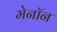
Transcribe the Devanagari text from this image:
मेनॉन